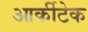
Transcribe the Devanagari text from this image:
आर्कीटेक